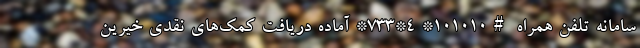
سامانه تلفن همراه #۱۰۱۰۱۰* ۴*۷۳۳* آماده دریافت کمک‌های نقدی خیرین